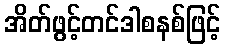
အိတ်ဖွင့်တင်ဒါစနစ်ဖြင့်